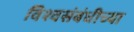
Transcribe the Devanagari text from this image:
विश्वसंबंधीच्या